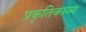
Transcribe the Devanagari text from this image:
प्रकृतिकाव्य